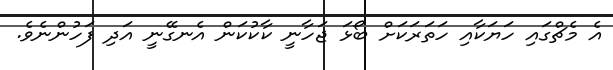
އެ މެޗްގައި ހަޔަކާއި ހަތަރަކަށް ބޯޅަ ޖަހާނީ ކާކުކަން އެނގޭނީ އަދި ފަހުންނެވެ.